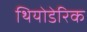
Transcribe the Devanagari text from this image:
थियोडेरिक